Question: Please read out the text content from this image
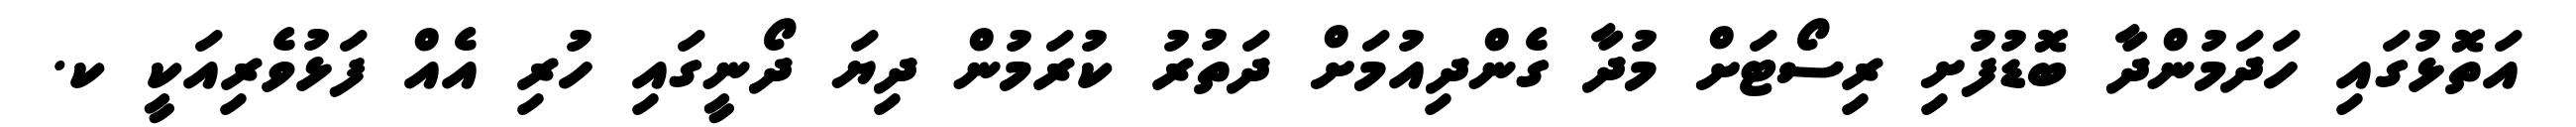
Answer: އަތޮޅުގައި ހަދަމުންދާ ބޮޑުފުށި ރިސޯޓަށް މުދާ ގެންދިއުމަށް ދަތުރު ކުރަމުން ދިޔަ ދޯނީގައި ހުރި އެއް ފަޅުވެރިއަކީ ކ.